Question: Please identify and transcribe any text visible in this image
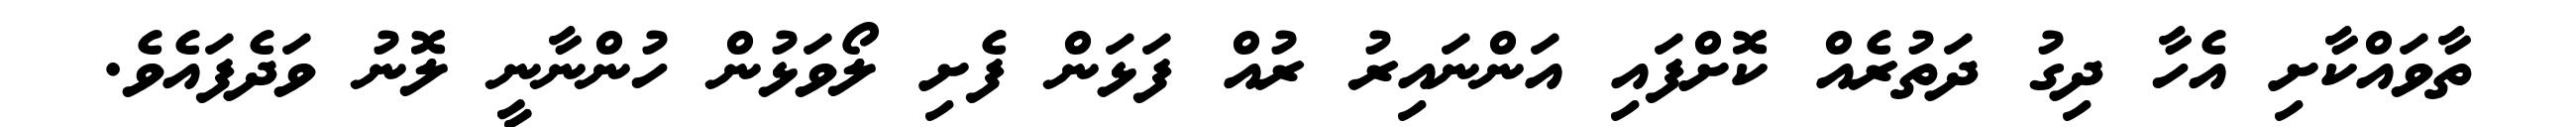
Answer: ތާވައްކާށި އެހާ ދިގު ދަތުރެއް ކޮށްފައި އަންނައިރު ރުއް ފަޅަން ފެށި ލޯވަޅުން ހުންނާނީ ލޮނު ވަދެފައެވެ.